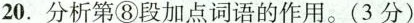
20.分析第⑧段加点词语的作用。(3 分)